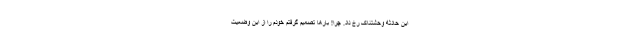
این حادثه وحشتناک رخ داد. چرا! بارها تصمیم گرفتم خودم را از این وضعیت